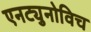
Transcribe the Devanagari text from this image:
एनट्युनोविच